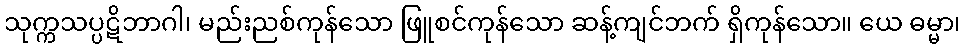
သုက္ကသပ္ပဋိဘာဂါ၊ မည်းညစ်ကုန်သော ဖြူစင်ကုန်သော ဆန့်ကျင်ဘက် ရှိကုန်သော။ ယေ ဓမ္မာ၊